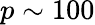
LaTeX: p\sim 100